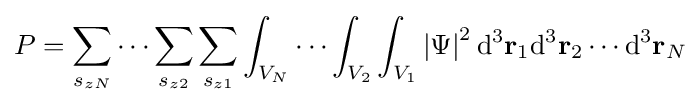
P=\sum _{s_{zN}}\cdots \sum _{s_{z2}}\sum _{s_{z1}}\int _{V_{N}}\cdots \int _{V_{2}}\int _{V_{1}}\left|\Psi \right|^{2}\mathrm {d} ^{3}\mathbf {r} _{1}\mathrm {d} ^{3}\mathbf {r} _{2}\cdots \mathrm {d} ^{3}\mathbf {r} _{N}\,\!